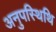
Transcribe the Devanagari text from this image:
अनुपस्थिथि